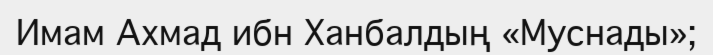
Имам Ахмад ибн Ханбалдың «Муснады»;